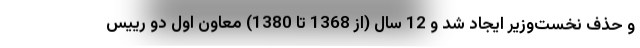
و حذف نخست‌وزیر ایجاد شد و 12 سال (از 1368 تا 1380) معاون اول دو رییس